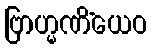
ဗြာဟ္မဏိံယေဝ